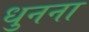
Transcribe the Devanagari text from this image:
धुनना